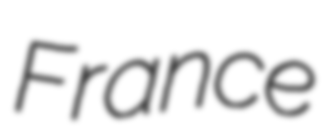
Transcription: France